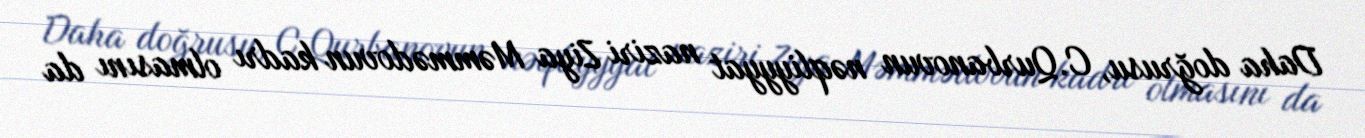
Daha doğrusu, C.Qurbanovun nəqliyyyat naziri Ziya Məmmədovun kadrı olmasını da